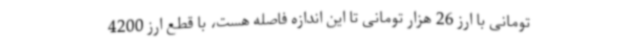
تومانی با ارز 26 هزار تومانی تا این اندازه فاصله هست، با قطع ارز 4200